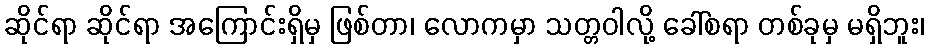
ဆိုင်ရာ ဆိုင်ရာ အကြောင်းရှိမှ ဖြစ်တာ၊ လောကမှာ သတ္တဝါလို့ ခေါ်စရာ တစ်ခုမှ မရှိဘူး၊